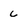
Character: c